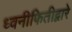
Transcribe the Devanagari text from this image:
ध्वनीफितीद्वारे